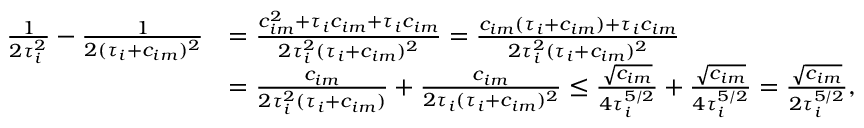
\begin{array} { r l } { \frac { 1 } { 2 \tau _ { i } ^ { 2 } } - \frac { 1 } { 2 ( \tau _ { i } + c _ { i m } ) ^ { 2 } } } & { = \frac { c _ { i m } ^ { 2 } + \tau _ { i } c _ { i m } + \tau _ { i } c _ { i m } } { 2 \tau _ { i } ^ { 2 } ( \tau _ { i } + c _ { i m } ) ^ { 2 } } = \frac { c _ { i m } ( \tau _ { i } + c _ { i m } ) + \tau _ { i } c _ { i m } } { 2 \tau _ { i } ^ { 2 } ( \tau _ { i } + c _ { i m } ) ^ { 2 } } } \\ & { = \frac { c _ { i m } } { 2 \tau _ { i } ^ { 2 } ( \tau _ { i } + c _ { i m } ) } + \frac { c _ { i m } } { 2 \tau _ { i } ( \tau _ { i } + c _ { i m } ) ^ { 2 } } \le \frac { \sqrt { c _ { i m } } } { 4 \tau _ { i } ^ { 5 / 2 } } + \frac { \sqrt { c _ { i m } } } { 4 \tau _ { i } ^ { 5 / 2 } } = \frac { \sqrt { c _ { i m } } } { 2 \tau _ { i } ^ { 5 / 2 } } , } \end{array}